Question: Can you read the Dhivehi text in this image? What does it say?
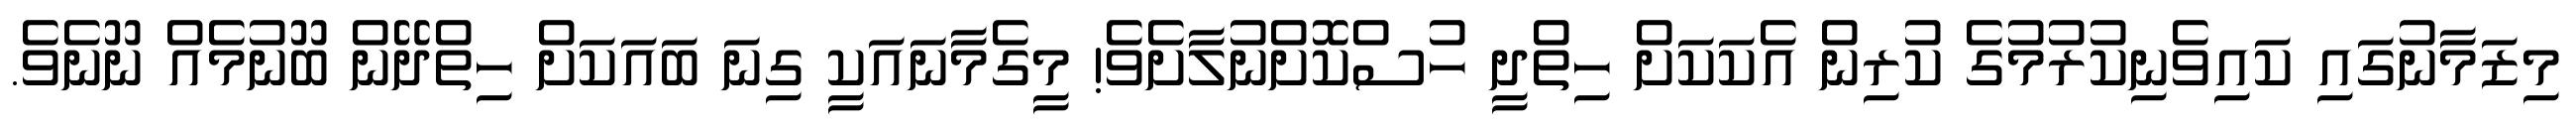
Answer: މިޒަމާނުގައި ކައިވެނިކުރުމުގެ ކުރިން އެކަކަށް ހިތްދީ ހުސްކޮށްނުލާށެވެ! މީގެމާނައަކީ ގިނަ ބައަކަށް ހިތްދޭން ބޫނުމެއް ނޫނެވެ.